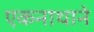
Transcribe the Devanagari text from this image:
एकनाथाने